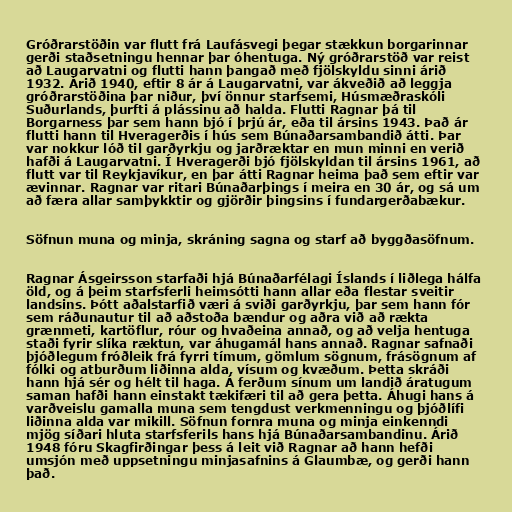
Gróðrarstöðin var flutt frá Laufásvegi þegar stækkun borgarinnar
gerði staðsetningu hennar þar óhentuga. Ný gróðrarstöð var reist
að Laugarvatni og flutti hann þangað með fjölskyldu sinni árið
1932. Árið 1940, eftir 8 ár á Laugarvatni, var ákveðið að leggja
gróðrarstöðina þar niður, því önnur starfsemi, Húsmæðraskóli
Suðurlands, þurfti á plássinu að halda. Flutti Ragnar þá til
Borgarness þar sem hann bjó í þrjú ár, eða til ársins 1943. Það ár
flutti hann til Hveragerðis í hús sem Búnaðarsambandið átti. Þar
var nokkur lóð til garðyrkju og jarðræktar en mun minni en verið
hafði á Laugarvatni. Í Hveragerði bjó fjölskyldan til ársins 1961, að
flutt var til Reykjavíkur, en þar átti Ragnar heima það sem eftir var
ævinnar. Ragnar var ritari Búnaðarþings í meira en 30 ár, og sá um
að færa allar samþykktir og gjörðir þingsins í fundargerðabækur.

Söfnun muna og minja, skráning sagna og starf að byggðasöfnum.

Ragnar Ásgeirsson starfaði hjá Búnaðarfélagi Íslands í liðlega hálfa
öld, og á þeim starfsferli heimsótti hann allar eða flestar sveitir
landsins. Þótt aðalstarfið væri á sviði garðyrkju, þar sem hann fór
sem ráðunautur til að aðstoða bændur og aðra við að rækta
grænmeti, kartöflur, róur og hvaðeina annað, og að velja hentuga
staði fyrir slíka ræktun, var áhugamál hans annað. Ragnar safnaði
þjóðlegum fróðleik frá fyrri tímum, gömlum sögnum, frásögnum af
fólki og atburðum liðinna alda, vísum og kvæðum. Þetta skráði
hann hjá sér og hélt til haga. Á ferðum sínum um landið áratugum
saman hafði hann einstakt tækifæri til að gera þetta. Áhugi hans á
varðveislu gamalla muna sem tengdust verkmenningu og þjóðlífi
liðinna alda var mikill. Söfnun fornra muna og minja einkenndi
mjög síðari hluta starfsferils hans hjá Búnaðarsambandinu. Árið
1948 fóru Skagfirðingar þess á leit við Ragnar að hann hefði
umsjón með uppsetningu minjasafnins á Glaumbæ, og gerði hann
það.